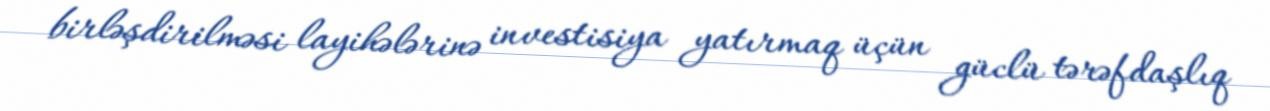
birləşdirilməsi layihələrinə investisiya yatırmaq üçün güclü tərəfdaşlıq